Report of the Municipal Commissioner on the plague in Bombay for the year ending 31st May... - Volume 2
Disease focus: Plague
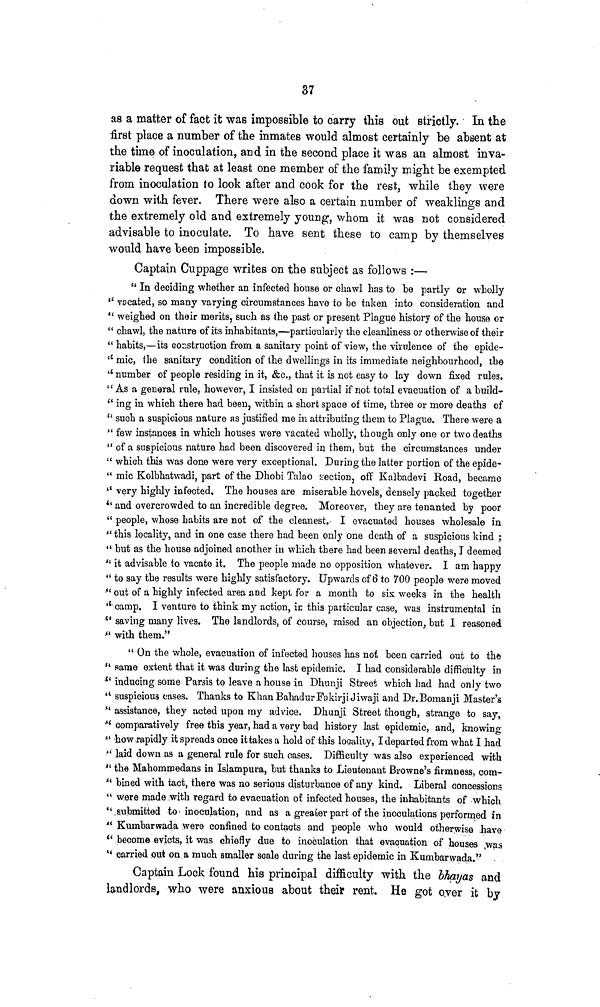
37
as a matter of fact it was impossible to carry this out strictly. In the
first place a number of the inmates would almost certainly be absent at
the time of inoculation, and in the second place it was an almost inva-
riable request that at least one member of the family might be exempted
from inoculation to look after and cook for the rest, while they were
down with fever. There were also a certain number of weaklings and
the extremely old and extremely young, whom it was not considered
advisable to inoculate. To have sent these to camp by themselves
would have been impossible.
Captain Cuppage writes on the subject as follows :—
" In deciding whether an infected house or chawl has to be partly or wholly
" vacated, so many varying circumstances have to be taken into consideration and
" weighed on their merits, such as the past or present Plague history of the house or
" chawl, the nature of its inhabitants,—particularly the cleanliness or otherwise of their
" habits,—its construction from a sanitary point of view, the virulence of the epide-
li mic, the sanitary condition of the dwellings in its immediate neighbourhood, the
" number of people residing in it, &c., that it is not easy to lay down fixed rules.
" As a general rule, however, I insisted on partial if not total evacuation of a build-
" ing in which there had been, within a short space of time, three or more deaths of
" such a suspicious nature as justified me in attributing them to Plague. There were a
" few instances in which houses were vacated wholly, though only one or two deaths
" of a suspicious nature had been discovered in them, but the circumstances under
" which this was done were very exceptional. During the latter portion of the epide-
" mic Kolbhatwadi, part of the Dhobi Talao section, off Kalbadevi Road, became
" very highly infected. The houses are miserable hovels, densely packed together
*' and overcrowded to an incredible degree. Moreover, they are tenanted by poor
" people, whose habits are not of the cleanest. I evacuated houses wholesale in
" this locality, and in one case there had been only one death of a suspicious kind ;
" but as the house adjoined another in which there had been several deaths, I deemed
" it advisable to vacate it. The people made no opposition whatever. I am happy
" to say the results were highly satisfactory. Upwards of 6 to 700 people were moved
" out of a highly infected area and kept for a month to six weeks in the health
''camp. I venture to think my action, in this particular case, was instrumental in
" saving many lives. The landlords, of course, raised an objection, but I reasoned
" with them."
" On the whole, evacuation of infected houses has not been carried out to the
" same extent that it was during the last epidemic. I had considerable difficulty in
* inducing some Parsis to leave a house in Dhunji Street which had had only two
" suspicious cases. Thanks to Khan BahadurFakirjiJiwaji and Dr. Bomanji Master's
" assistance, they acted upon my advice. Dhunji Street though, strange to say,
" comparatively free this year, had a very bad history last epidemic, and, knowing
" how rapidly it spreads once it takes a hold of this locality, I departed from what I had
" laid down as a general rule for such cases. Difficulty was also experienced with
" the Mahommedans in Islampura, but thanks to Lieutenant Browne's firmness, com-
" bined with tact, there was no serious disturbance of any kind. Liberal concessions
" were made with regard to evacuation of infected houses, the inhabitants of which
" submitted to inoculation, and as a greater part of the inoculations performed in
" Kumbarwada were confined to contacts and people who would otherwise have
" become evicts, it was chiefly due to inoculation that evacuation of houses was
" carried out on a much smaller scale during the last epidemic in Kumbarwada."
Captain Lock found his principal difficulty with the bhayas and
landlords, who were anxious about their rent. He got over it by